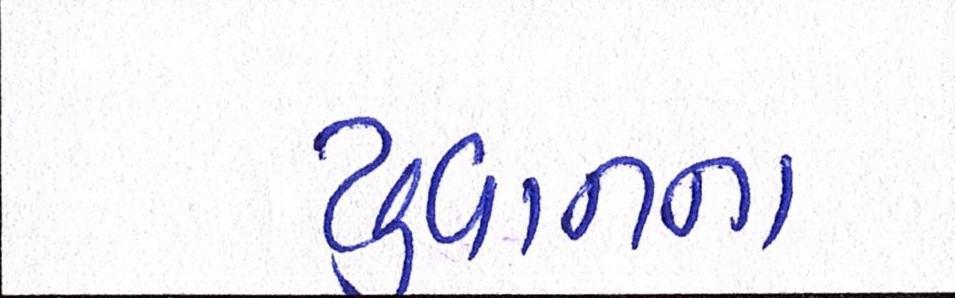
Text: યુવાનના